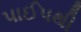
પાઈપથી